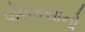
પૌલકસાનો